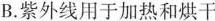
B.紫外线用于加热和烘干